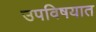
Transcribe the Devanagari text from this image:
उपविषयात